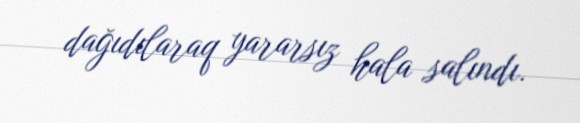
dağıdılaraq yararsız hala salındı.